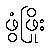
ဖွံဖြိုး